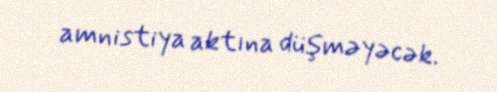
amnistiya aktına düşməyəcək.